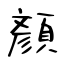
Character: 顏